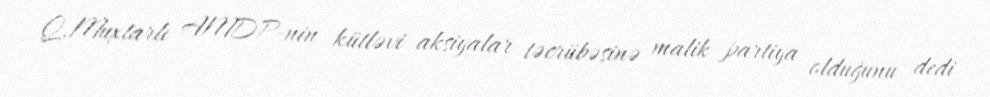
Q.Muxtarlı AMDP-nin kütləvi aksiyalar təcrübəsinə malik partiya olduğunu dedi